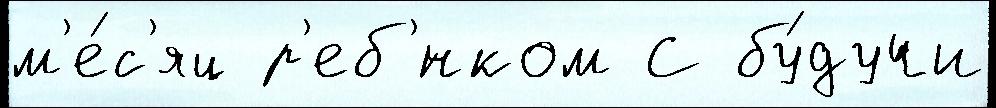
м'е́с'яц р'еб'́нком С бу́дучи